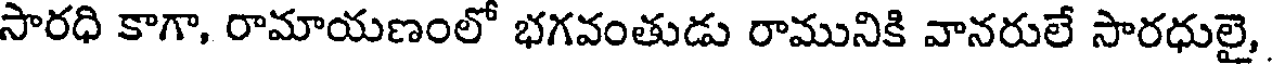
సారధి కాగా, రామాయణంలో భగవంతుడు రామునికి వానరులే సారధులై,